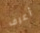
أعرف